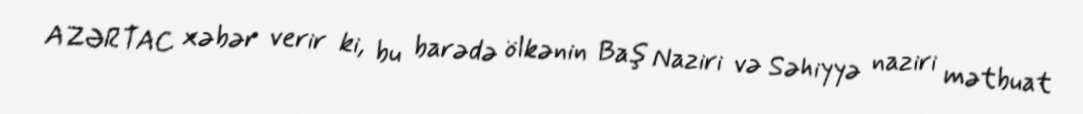
AZƏRTAC xəbər verir ki, bu barədə ölkənin Baş Naziri və Səhiyyə naziri mətbuat